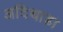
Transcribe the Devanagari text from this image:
अदिथाडा